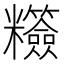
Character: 䊴